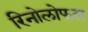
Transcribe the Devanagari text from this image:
रिनोलोफस